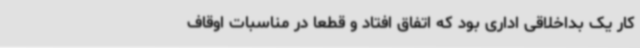
کار یک بداخلاقی اداری بود که اتفاق افتاد و قطعاً در مناسبات اوقاف